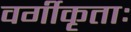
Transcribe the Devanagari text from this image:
वर्गीकृताः